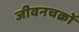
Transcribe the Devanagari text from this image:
जीवनचक्रों